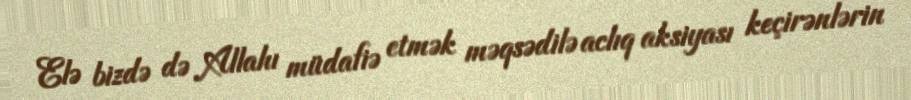
Elə bizdə də Allahı müdafiə etmək məqsədilə aclıq aksiyası keçirənlərin